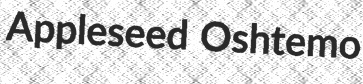
Appleseed Oshtemo